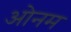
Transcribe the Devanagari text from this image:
ओनम